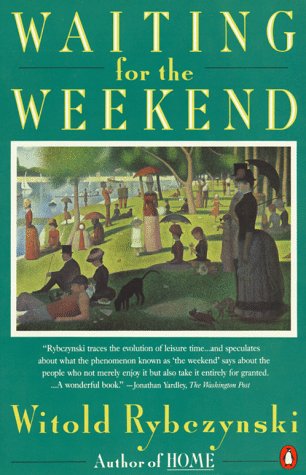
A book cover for Waiting for the Weekend; Witold Rybczynski; Politics & Social Sciences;